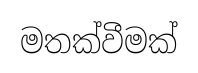
මතක්වීමක්